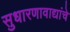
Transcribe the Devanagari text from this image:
सुधारणावाद्यांचे